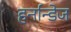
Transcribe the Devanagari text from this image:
हर्नान्डेज